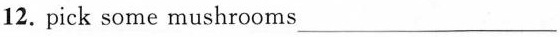
12. pick some mushrooms ___